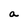
Character: a